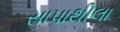
સાપાથીલા